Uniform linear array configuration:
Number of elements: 12
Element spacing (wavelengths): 0.25
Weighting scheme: binomial
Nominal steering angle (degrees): -15
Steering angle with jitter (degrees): -15.429
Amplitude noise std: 0.05
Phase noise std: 0.05

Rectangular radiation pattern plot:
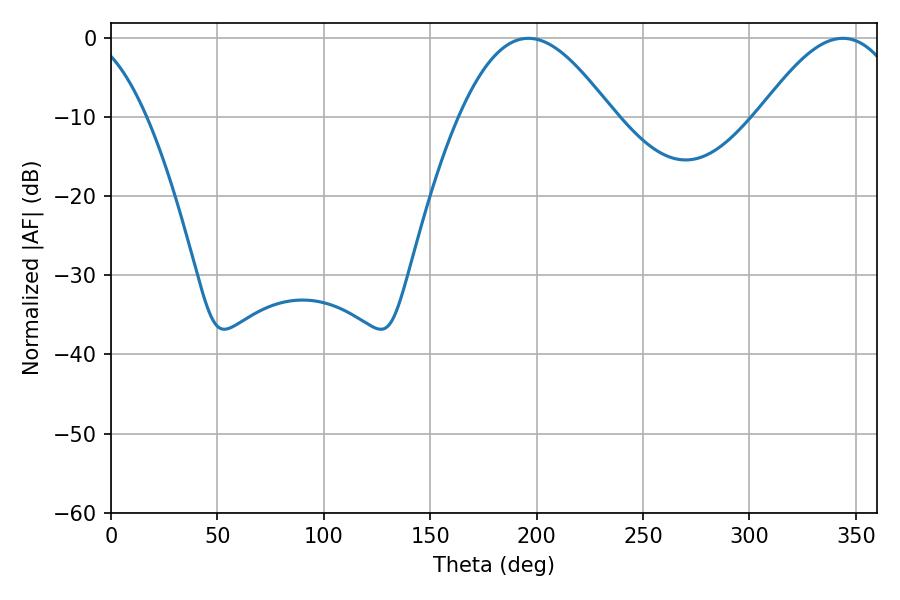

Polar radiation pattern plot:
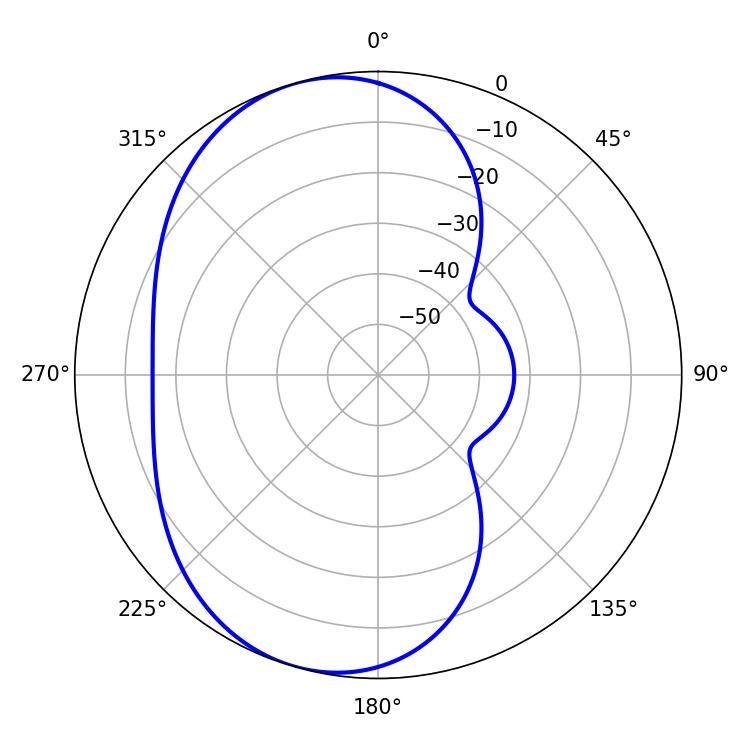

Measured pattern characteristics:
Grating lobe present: FALSE
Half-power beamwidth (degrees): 36.72
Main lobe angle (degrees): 343.8